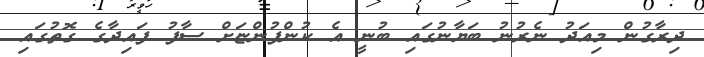
ދިރާގުން މިއަދު ނެރުނު ބަޔާނުގައި ބުނީ އެ ކުންފުންޏަށް ސާފު ފައިދާގެ ގޮތުގައި